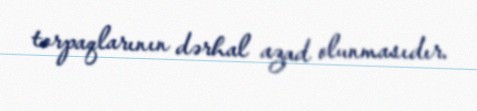
torpaqlarının dərhal azad olunmasıdır.